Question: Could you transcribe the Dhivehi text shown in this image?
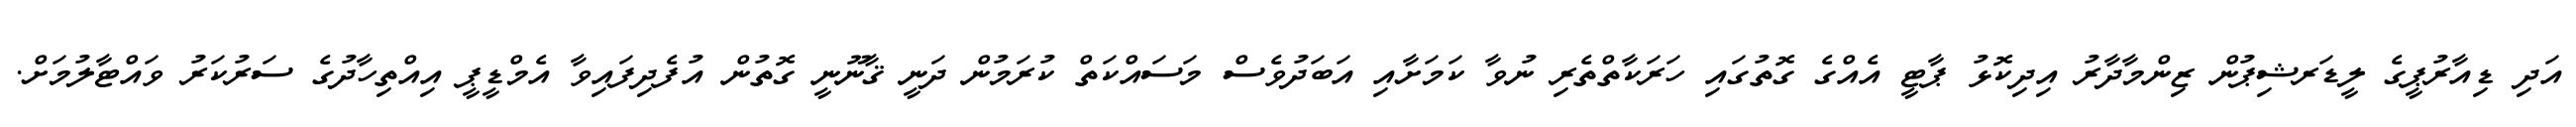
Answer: އަދި ޑިއާރުޕީގެ ލީޑަރޝިޕުން ޒިންމާދާރު އިދިކޮޅު ޕާޓީ އެއްގެ ގޮތުގައި ހަރަކާތްތެރި ނުވާ ކަމަށާއި އަބަދުވެސް މަސައްކަތް ކުރަމުން ދަނީ ޤާނޫނީ ގޮތުން އުފެދިފައިވާ އެމްޑީޕީ އިއްތިހާދުގެ ސަރުކަރު ވައްޓާލުމަށް.